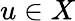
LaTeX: u\in X